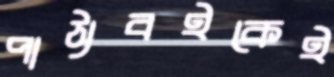
পাঠ্যবইকেই